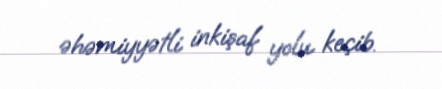
əhəmiyyətli inkişaf yolu keçib.